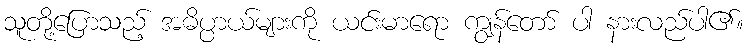
သူတို့ပြောသည့် အဓိပ္ပာယ်များကို ယင်းမာရော ကျွန်တော် ပါ နားလည်ပါ၏။